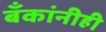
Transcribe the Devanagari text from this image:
बँकांनीही